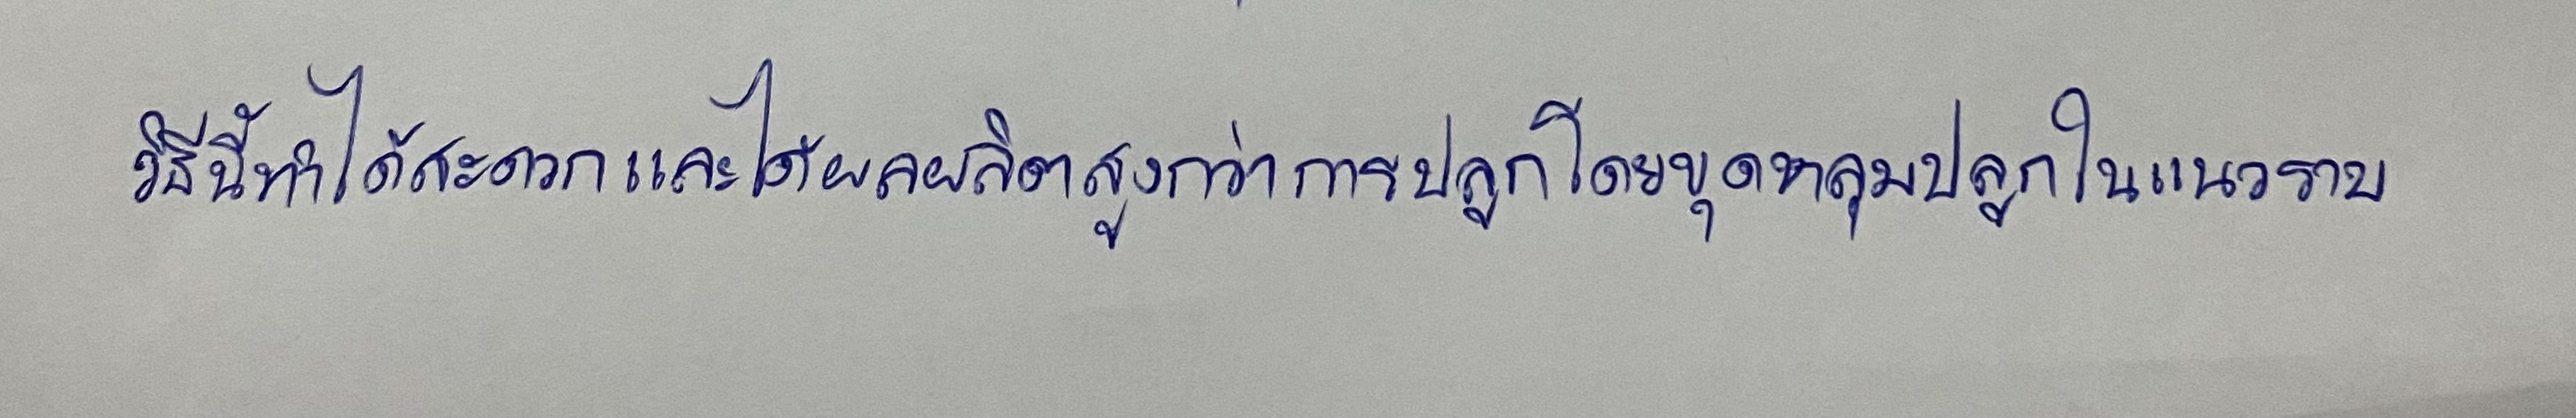
วิธีนี้ทำได้สะดวกและได้ผลผลิตสูงกว่าการปลูกโดยขุดหลุมปลูกในแนวราบ